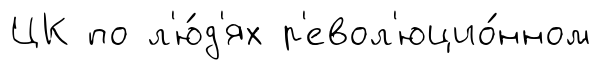
ЦК по л'ю́д'ях р'евол'юцио́нном